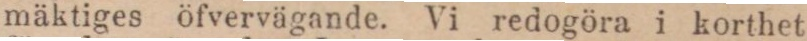
mäktiges öfvervägande. Vi redogöra i korthet